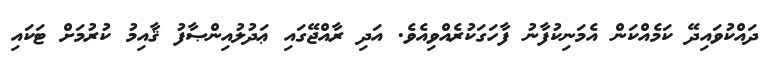
ދައްކުވައިދޭ ކަމެއްކަން އެމަނިކުފާނު ފާހަގަކުރެއްވިއެވެ. އަދި ރާއްޖޭގައި ޢަދުލުއިންޞާފު ޤާއިމު ކުރުމަށް ޓަކައި